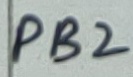
Text: PB2